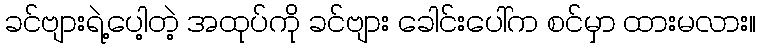
ခင်ဗျားရဲ့ပေါ့တဲ့ အထုပ်ကို ခင်ဗျား ခေါင်းပေါ်က စင်မှာ ထားမလား။